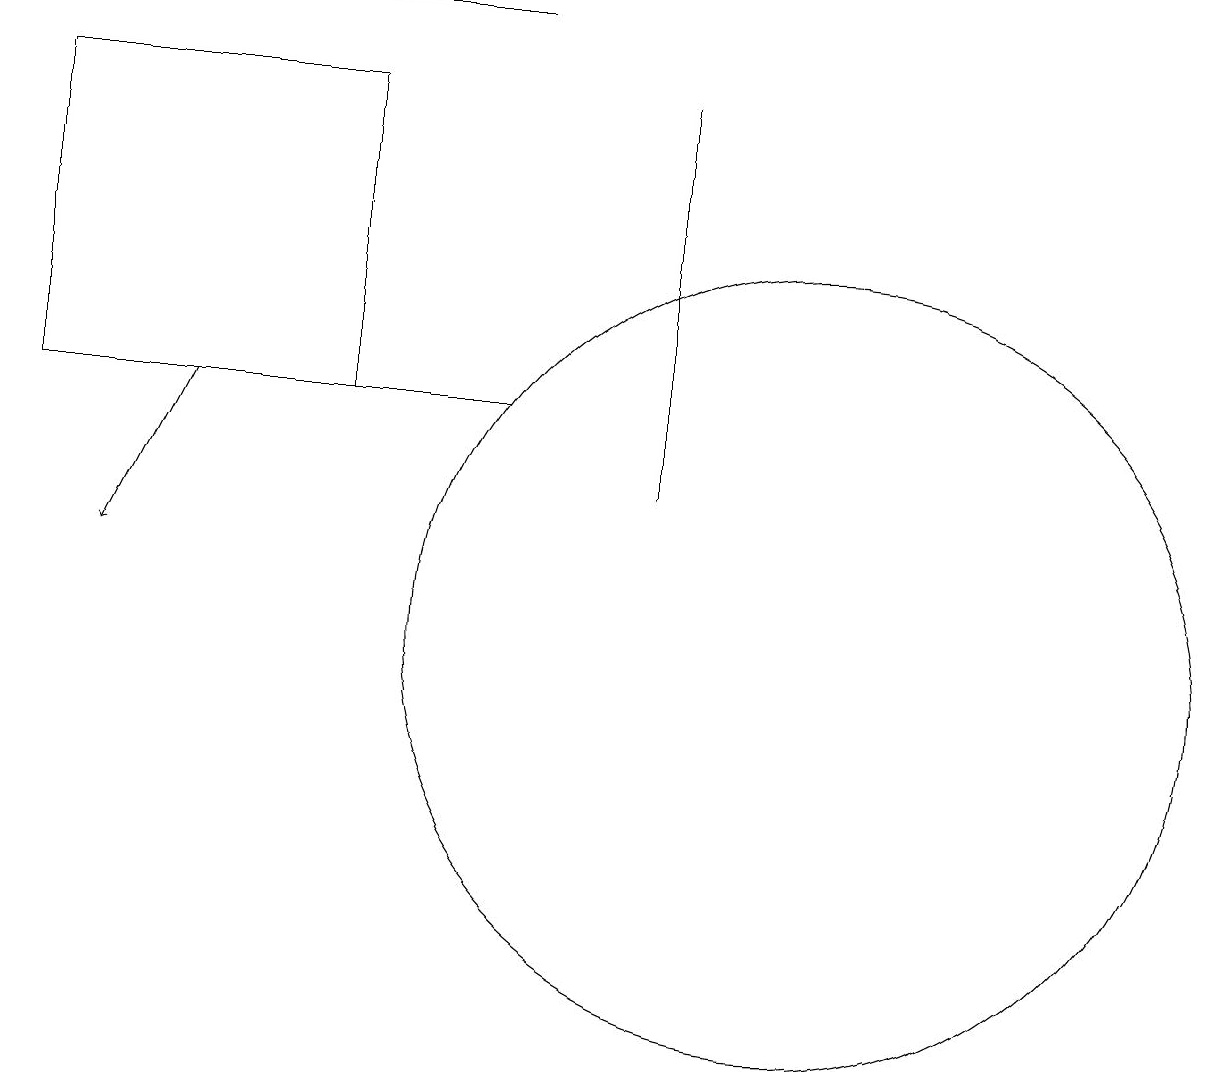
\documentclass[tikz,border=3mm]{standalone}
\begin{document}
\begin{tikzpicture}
\draw[->] (6,19) -- (2,19);
\draw (10,11) circle (5);
\draw (0,14) rectangle (4,18);
\draw (8,13) rectangle (8,18);
\draw (11,10) circle (0);
\draw[->] (2,14) -- (1,12);
\draw (6,14) rectangle (2,14);
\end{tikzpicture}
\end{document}